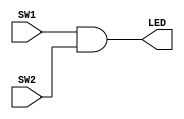
`timescale 1ns / 1ps
//////////////////////////////////////////////////////////////////////////////////
// Company: 
// Engineer: 
// 
// Design Name: 
// Module Name: myAND
// Project Name: 
// Target Devices: 
// Tool Versions: 
// Description: 
// 
// Dependencies: 
// 
// Revision:
// Revision 0.01 - File Created
// Additional Comments:
// 
//////////////////////////////////////////////////////////////////////////////////


module myAND(
    input SW1,
    input SW2,
    output LED
    );
and u1 (LED, SW1,SW2);
endmodule